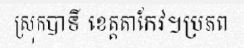
ស្រុកបាទី ខេត្តតាកែវ។ប្រភព